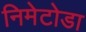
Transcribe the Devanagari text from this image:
निमेटोडा